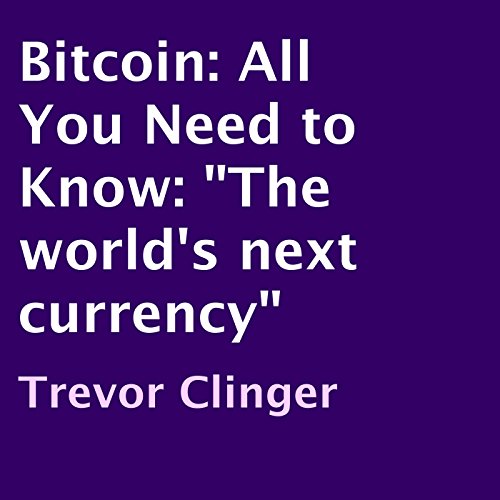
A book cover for Bitcoin: All You Need to Know: 'The World's next Currency'; Trevor Clinger; Computers & Technology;